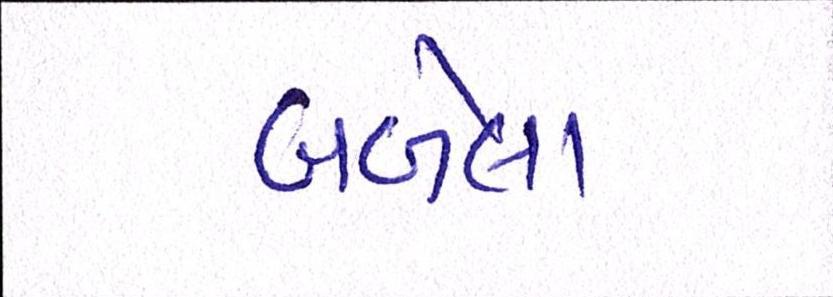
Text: બળેલા